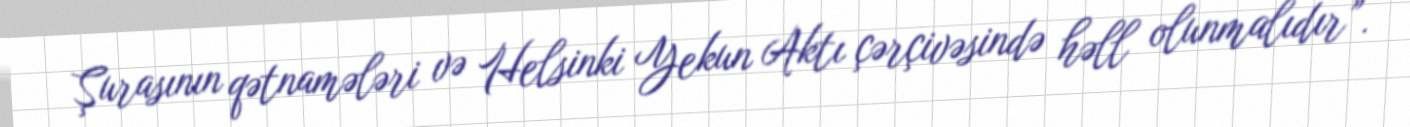
Şurasının qətnamələri və Helsinki Yekun Aktı çərçivəsində həll olunmalıdır”.